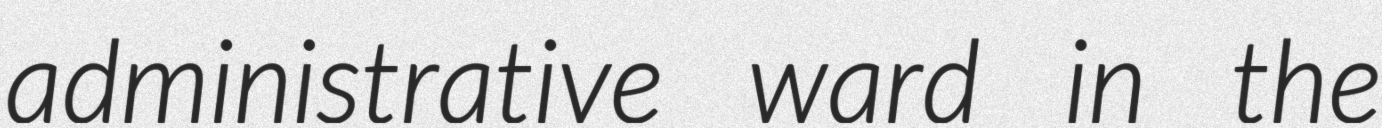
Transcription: administrative ward in the